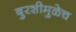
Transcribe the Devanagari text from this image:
बुरशीमुळेच